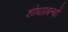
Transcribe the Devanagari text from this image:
शोधप्रबन्धों